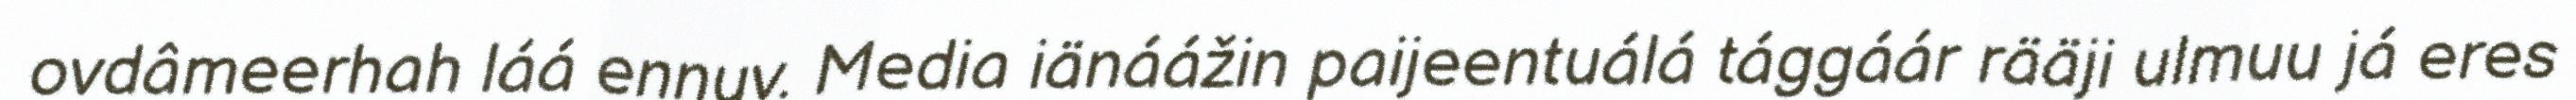
ovdâmeerhah láá ennuv. Media iänáážin paijeentuálá tággáár rääji ulmuu já eres